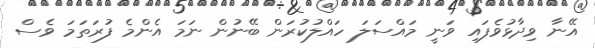
އޭނާ ވިދާޅުވެފައި ވަނީ މައްސަލަ ހައްލުކުރަން ބޭނުން ނަމަ އެންމެ ފުރަތަމަ ވެސް